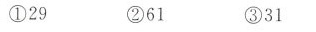
①29 ②61 ③31